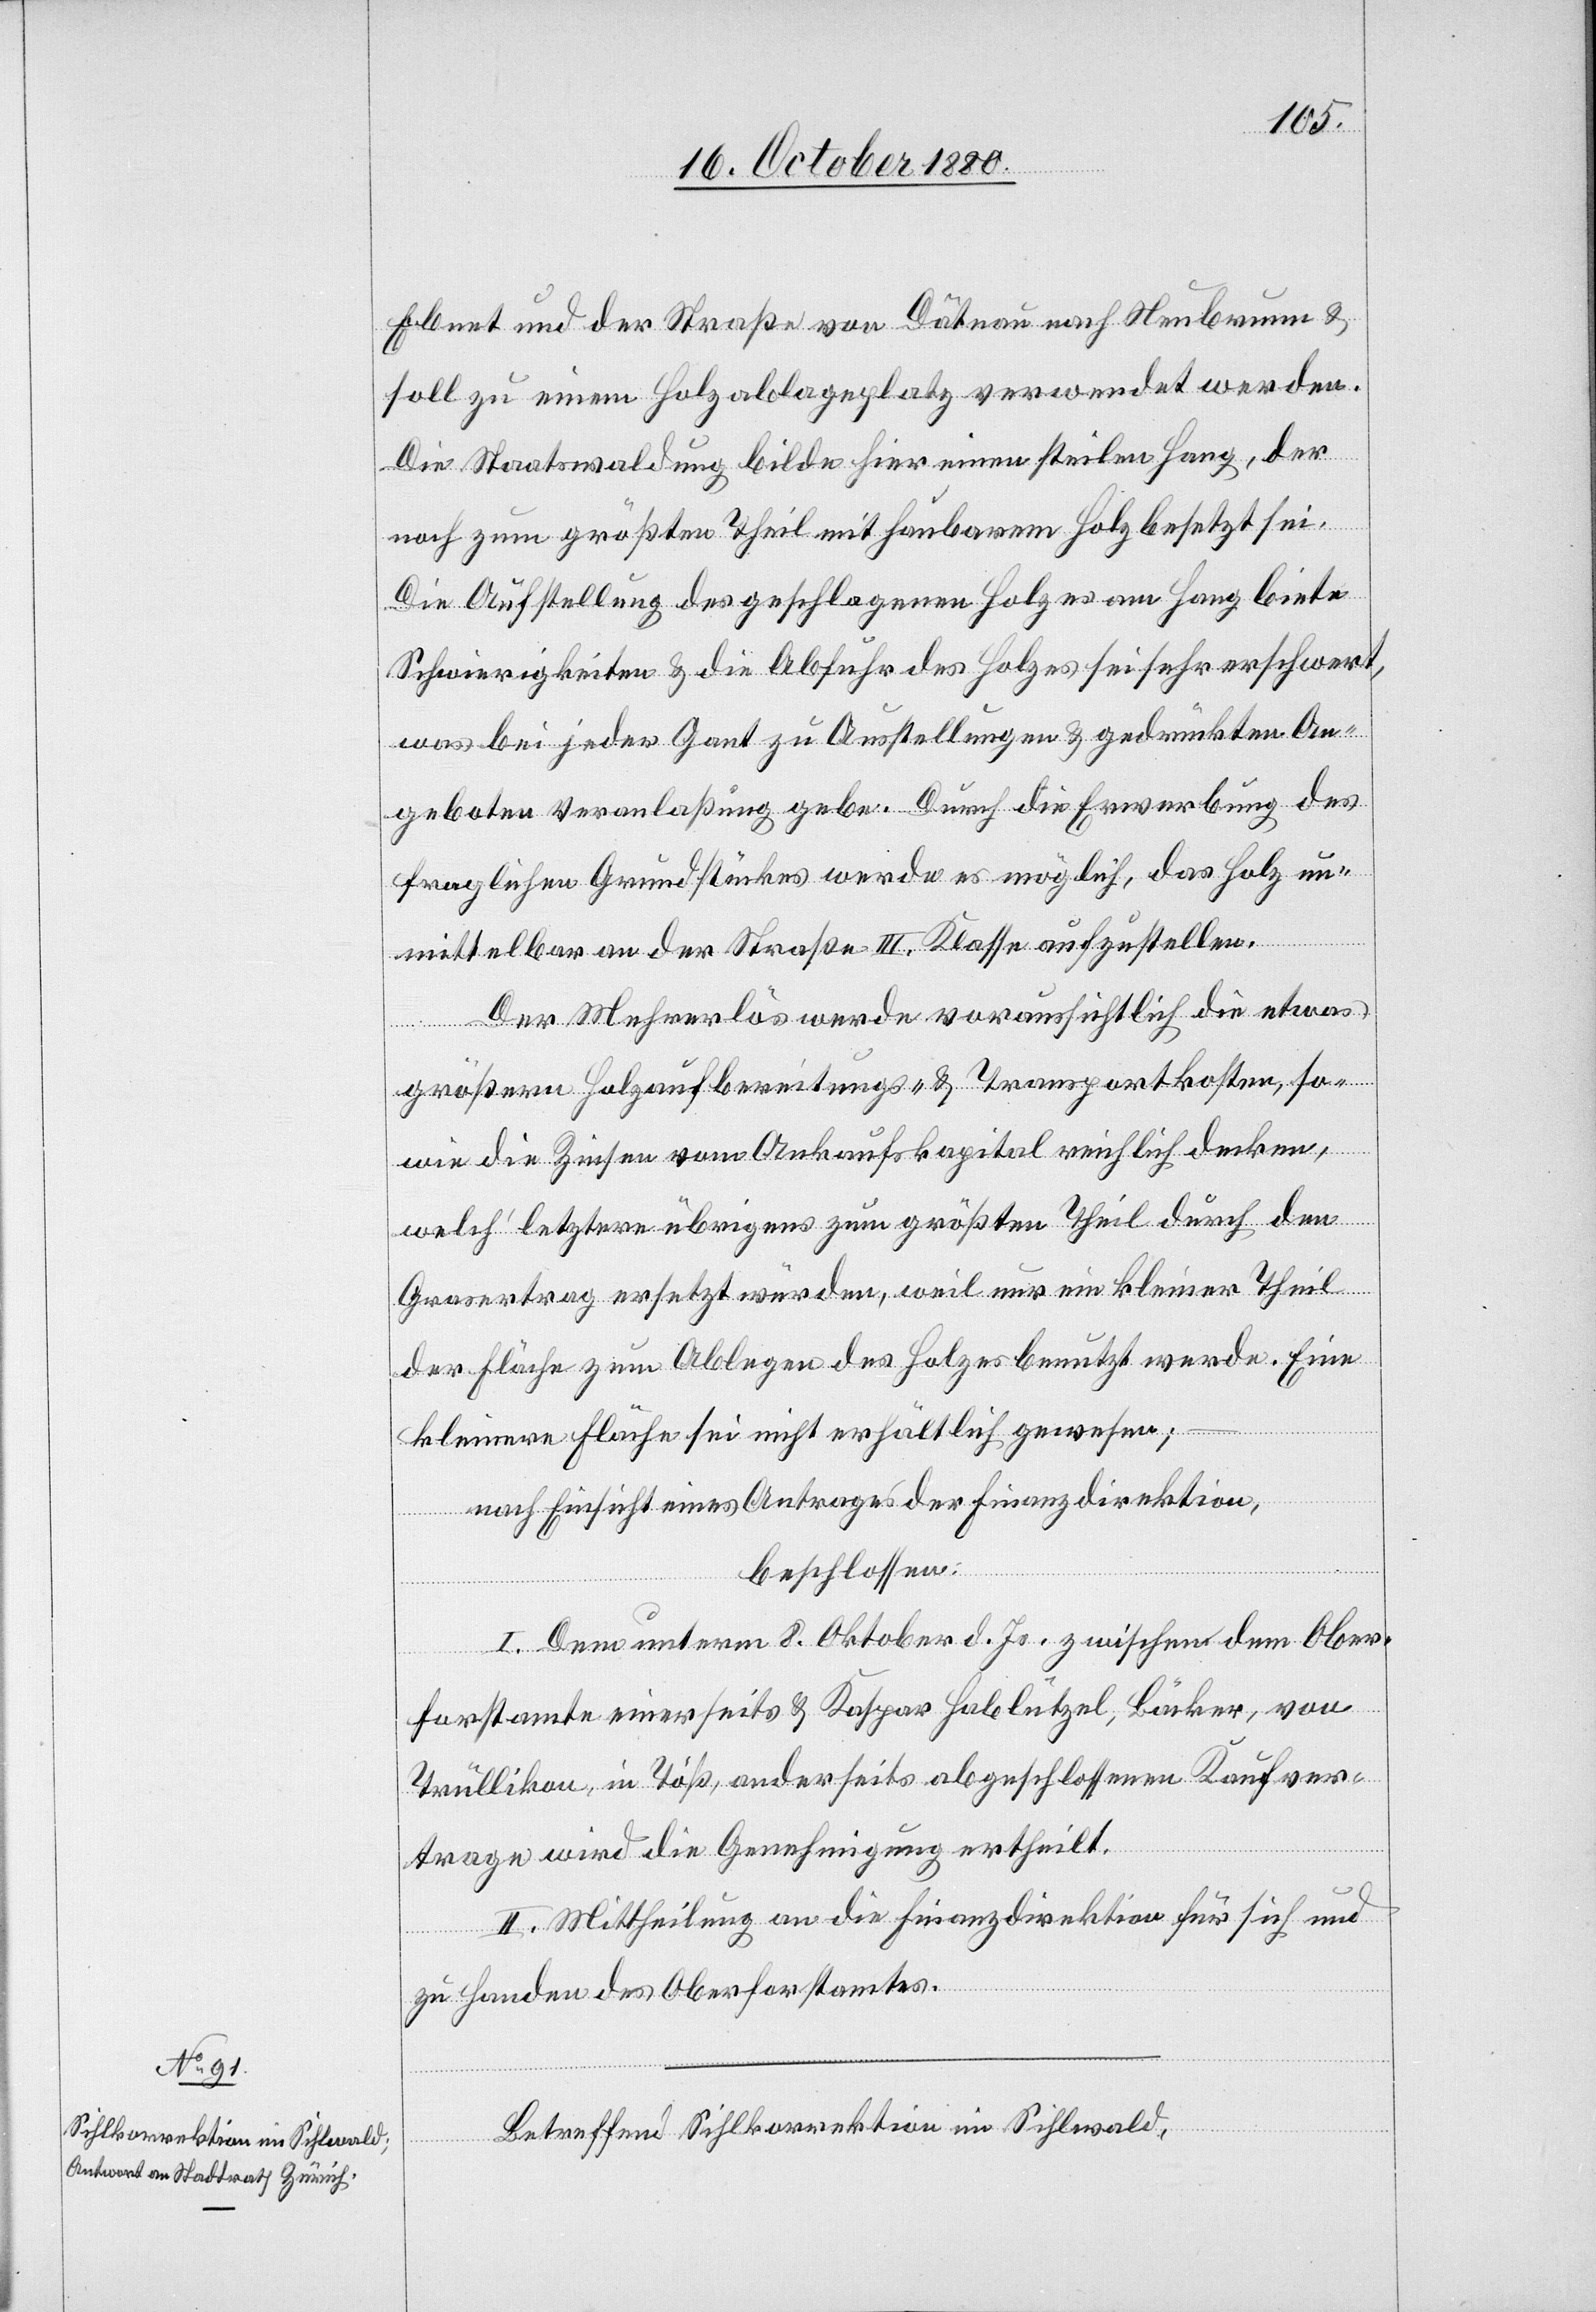
Ebnet und der Straße von Dätnau nach Neubrunn &
soll zu einem Holzablageplatz verwendet werden.
Die Staatswaldung bilde hier einen steilen Hang, der
noch zum größten Theil mit haubarem Holz besetzt sei.
Die Aufstellung des geschlagenen Holzes am Hang biete
Schwierigkeiten & die Abfuhr des Holzes sei sehr erschwert,
was bei jeder Gant zu Ausstellungen & gedrückten An¬
geboten Veranlaßung gebe. Durch die Erwerbung des
fraglichen Grundstückes werde es möglich, das Holz un¬
mittelbar an der Straße III. Klasse aufzustellen.
Der Mehrerlös werde voraussichtlich die etwas
größern Holzaufbereitungs- & Transportkosten so¬
wie die Zinsen vom Ankaufskapital reichlich decken,
welch‘ letztere übrigens zum größten Theil durch den
Grasertrag ersetzt würden, weil nur ein kleiner Theil
der Fläche zum Ablegen des Holzes benutzt werde. Eine
kleinere Fläche sei nicht erhältlich gewesen;
nach Einsicht eines Antrages der Finanzdirektion,
beschlossen:
I. Dem unterm 8. Oktober d. Js. zwischen dem Ober¬
forstamte einerseits & Kaspar Hablützel, Bäcker, von
Trüllikon, in Töß, anderseits abgeschlossenen Kaufver¬
trage wird die Genehmigung ertheilt.
II. Mittheilung an die Finanzdirektion für sich und
zu Handen des Oberforstamtes.
Betreffend Sihlkorrektion im Sihlwald,